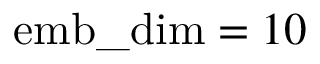
\mathrm { e m b \_ d i m } = 1 0